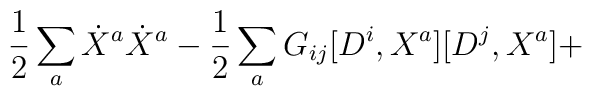
\frac{1}{2} \sum_{a} \dot{X}^a  \dot{X}^a -\frac{1}{2} \sum_{a} G_{ij} [D^i,X^a] [D^j,X^a]+